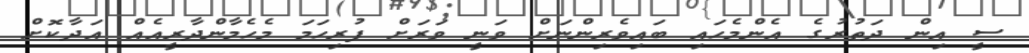
ސީ އިން ދަތުރުގެ އެންމެހައި ބައިވެރިންނަށް ވަނީ ވަރަށް ފުރިހަމަ މެހެމާންދާރީއެއް އަދާކޮށް